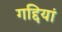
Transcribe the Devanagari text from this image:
गद्दियां